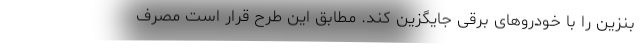
بنزین را با خودروهای برقی جایگزین کند. مطابق این طرح قرار است مصرف